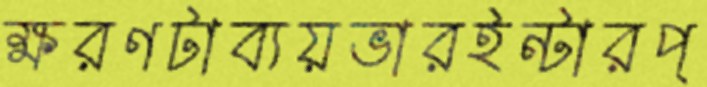
ক্ষরণটাব্যয়ভারইন্টারপ্